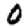
Digit: 0